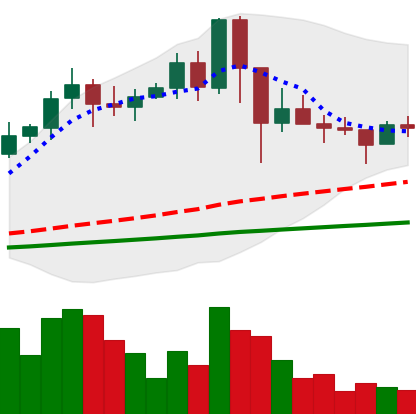
Ticker: NEO-USD
Chart end date: 2021-03-02
Forward return: 4.259%
Label: up_3_5